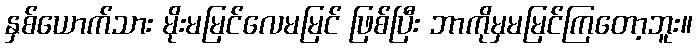
နှစ်ယောက်သား မိုးမမြင်လေမမြင် ဖြစ်ပြီး ဘာကိုမှမမြင်ကြတော့ဘူး။